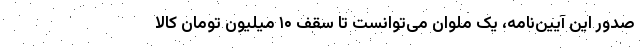
صدور این آیین‌نامه، یک ملوان می‌توانست تا سقف ۱۰ میلیون تومان کالا